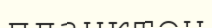
планктон